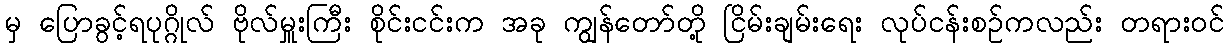
မှ ပြောခွင့်ရပုဂ္ဂိုလ် ဗိုလ်မှူးကြီး စိုင်းငင်းက အခု ကျွန်တော်တို့ ငြိမ်းချမ်းရေး လုပ်ငန်းစဉ်ကလည်း တရားဝင်